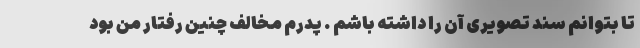
تا بتوانم سند تصویری آن را داشته باشم . پدرم مخالف چنین رفتار من بود